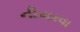
નીવારવા